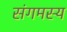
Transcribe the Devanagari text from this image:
संगमस्य